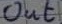
Text: out